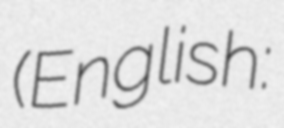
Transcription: (English: